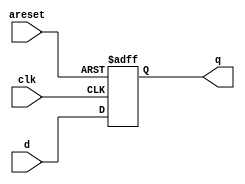
module top_module (
    input clk,
    input areset,
    input [7:0] d,
    output [7:0] q
);
    always@(posedge clk or posedge areset)
    begin
        if(areset)
            q <= 0;
        else
            q <= d;
    end

endmodule